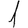
Digit: 1